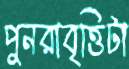
পুনরাবৃত্তিটা